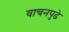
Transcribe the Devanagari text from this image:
वाचनपुढे